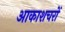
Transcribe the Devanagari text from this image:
आकाशचरों